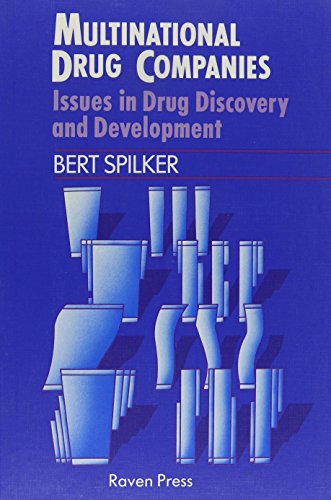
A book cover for Multinational Drug Companies: Issues in Drug Discovery and Development; Bert Spilker; Medical Books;